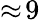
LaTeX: \approx\! 9